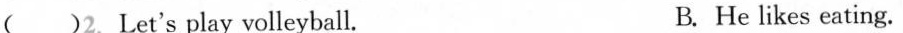
( )2.Let's play volleyball. B. He likes eating.